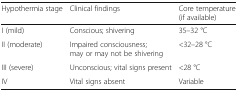
| Hypothermia stage | Clinical findings | Core temperature (if available) |
 | --- | --- | --- |
 | I (mild) | Conscious; shivering | 35–32 °C |
 | II (moderate) | Impaired consciousness; may or may not be shivering | <32–28 °C |
 | III (severe) | Unconscious; vital signs present | <28 °C |
 | IV | Vital signs absent | Variable |